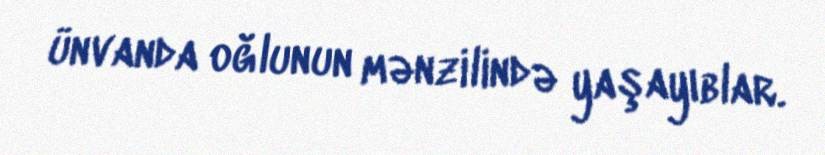
ünvanda oğlunun mənzilində yaşayıblar.